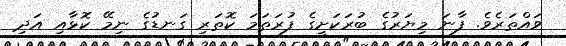
ވައްތަރެވެ. ފާނަ މިޔަރުގެ ބުރަކަށީގެ ފުރަތަމަ ކޮތަރި ގަނޑުގެ ނިމޭ ކޮޅާއި އަދި